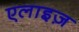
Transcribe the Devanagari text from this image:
एलाइज़